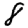
Digit: 8